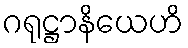
ဂရုဋ္ဌာနိယေဟိ